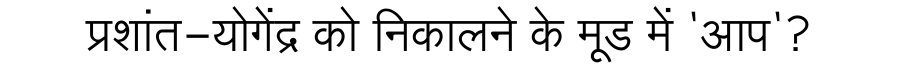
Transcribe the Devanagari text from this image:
प्रशांत-योगेंद्र को निकालने के मूड में 'आप'?